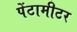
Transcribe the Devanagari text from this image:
पेंटामीटर